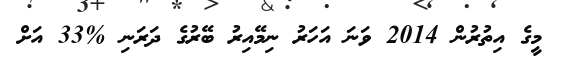
މީގެ އިތުރުން 2014 ވަނަ އަހަރު ނިމޭއިރު ބޭރުގެ ދަރަނި %33 އަށް